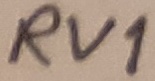
Text: RV1